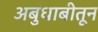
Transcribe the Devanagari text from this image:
अबुधाबीतून